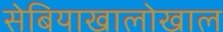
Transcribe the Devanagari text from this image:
सेबियाखालोखाल